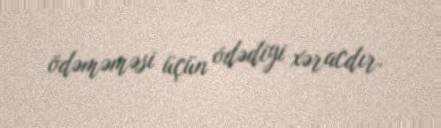
ödəməməsi üçün ödədiyi xəracdır.